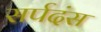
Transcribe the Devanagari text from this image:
सर्पदंस